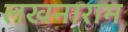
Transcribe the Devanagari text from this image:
लखनाराम